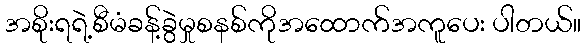
အစိုးရရဲ့စီမံခန့်ခွဲမှုစနစ်ကိုအထောက်အကူပေး ပါတယ်။